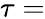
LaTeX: \tau=